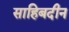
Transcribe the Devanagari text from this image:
साहिबदीन